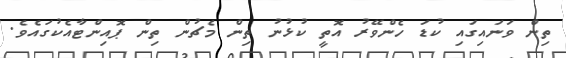
ތިން ވަނައިގައި ކުޑަ ހެންވޭރު އޮތީ ކުޅުނު ތިން މެޗުން ތިން ޕޮއިންޓާއެކުގައެވެ.